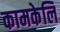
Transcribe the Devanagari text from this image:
कामकेलि